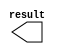
module lpm_constant_black_y (
	result);

	output	[9:0]  result;

endmodule